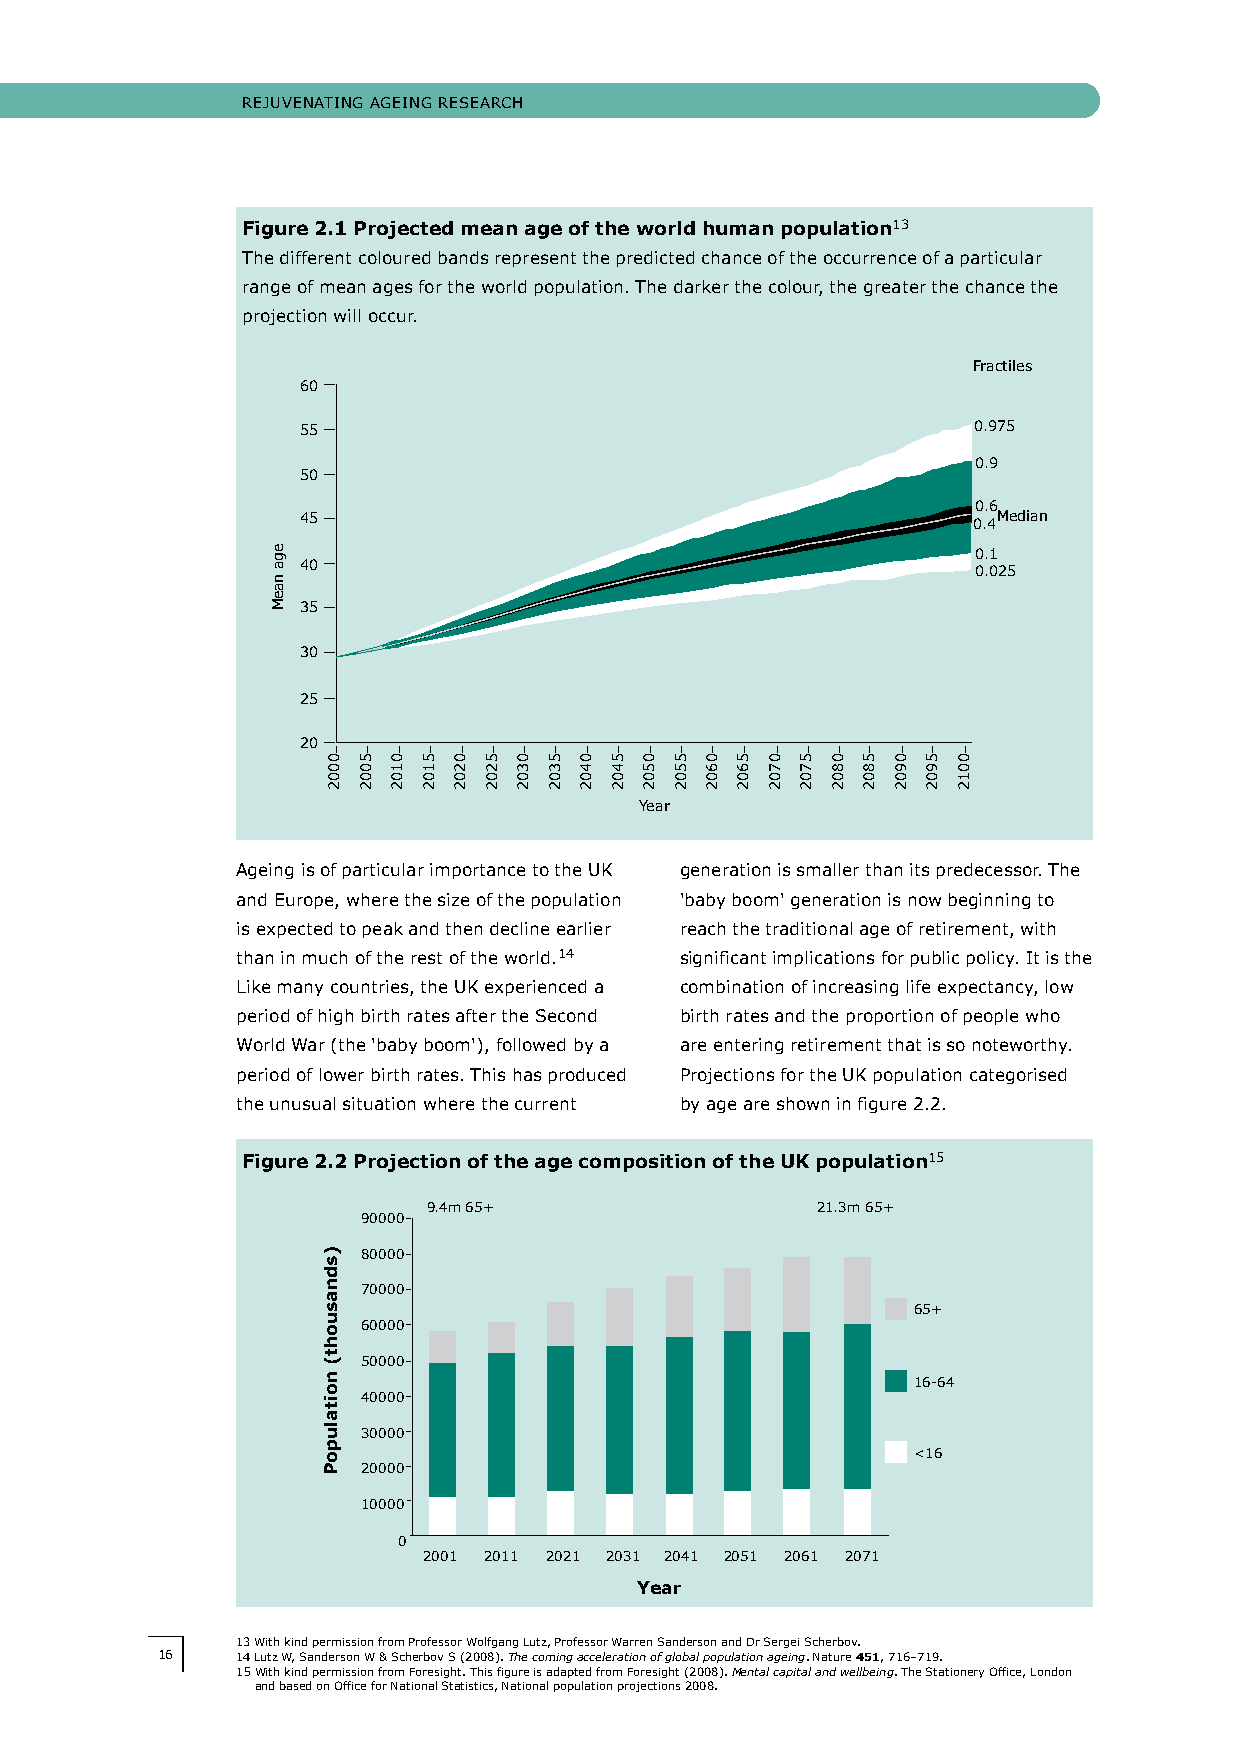
RejUveNATINg AgeINg ReSeARch
 Figure 2.1 Projected mean age of the world human population13
 The different coloured bands represent the predicted chance of the occurrence of a particular
 range of mean ages for the world population. The darker the colour, the greater the chance the
 projection will occur.
 Fractiles
 60
 55                                          0.975
 0.9
 50
 0.6
 45                                            Median
 0.4
 0.1
 40
 0.025
 35
 30
 25
 20
 Year
 Ageing is of particular importance to the UK generation is smaller than its predecessor. The
 and europe, where the size of the population 'baby boom' generation is now beginning to
 is expected to peak and then decline earlier reach the traditional age of retirement, with
 than in much of the rest of the world.14 significant implications for public policy. It is the
 Like many countries, the UK experienced a combination of increasing life expectancy, low
 period of high birth rates after the Second birth rates and the proportion of people who
 World War (the 'baby boom'), followed by a are entering retirement that is so noteworthy.
 period of lower birth rates. This has produced Projections for the UK population categorised
 the unusual situation where the current by age are shown in figure 2.2.
 Figure 2.2 Projection of the age composition of the UK population15
 9.4m 65+                  21.3m 65+
 90000
 80000
 70000
 65+
 60000
 50000
 16-64
 40000
 30000
 <16
 20000
 10000
 0
 2001 2011 2021 2031 2041 2051 2061 2071
 Year
 13 With kind permission from Professor Wolfgang Lutz, Professor Warren Sanderson and Dr Sergei Scherbov.
 16    14 Lutz W, Sanderson W & Scherbov S (2008). The coming acceleration of global population ageing. Nature 451, 716–719.
 15 With kind permission from Foresight. This figure is adapted from Foresight (2008). Mental capital and wellbeing. The Stationery Office, London
 and based on Office for National Statistics, National population projections 2008.
 ega
 naeM
 0002
 )sdnasuoht(
 noitalupoP
 5002 0102 5102 0202 5202 0302 5302 0402 5402 0502 5502 0602 5602 0702 5702 0802 5802 0902 5902 0012